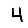
Digit: 4